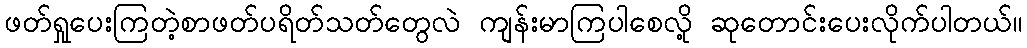
ဖတ်ရှုပေးကြတဲ့စာဖတ်ပရိတ်သတ်တွေလဲ ကျန်းမာကြပါစေလို့ ဆုတောင်းပေးလိုက်ပါတယ်။